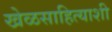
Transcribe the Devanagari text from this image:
खेळसाहित्याशी